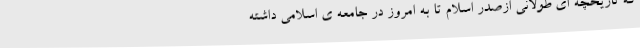
که تاریخچه ای طولانی ازصدر اسلام تا به امروز در جامعه ی اسلامی داشته